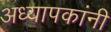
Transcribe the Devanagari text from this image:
अध्यापकांनीं